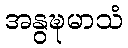
အနွဍ္ဎမာသံ